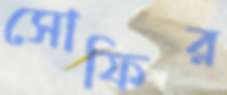
সোফির